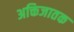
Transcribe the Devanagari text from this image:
अक्तिजातक